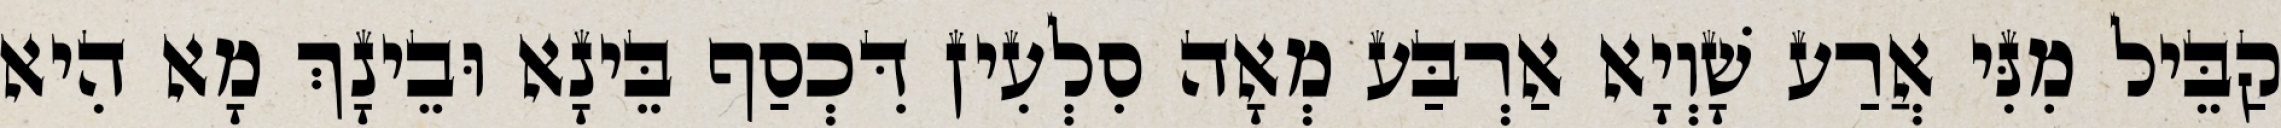
קַבֵּיל מִנִּי אֲרַע שָׁוְיָא אַרְבַּע מְאָה סִלְעִין דִּכְסַף בֵּינָא וּבֵינָךְ מָא הִיא